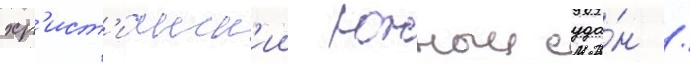
хр'ист'ианск'ии южныи суда́н /